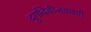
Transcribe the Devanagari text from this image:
दुर्गादेवीजवळची